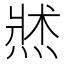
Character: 𱫭